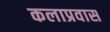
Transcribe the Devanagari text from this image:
कलाप्रवास